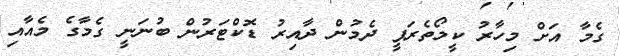
ގެމާ އަށް މިހާރު ކީމޯތެރަޕީ ދެމުން ދާއިރު ޑޮކްޓަރުން ބުނަނީ ގެމާގެ މެއާއި